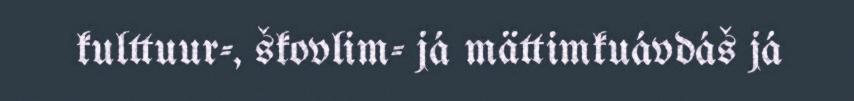
kulttuur-, škovlim- já mättimkuávdáš já